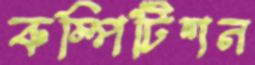
কম্পিটিশন